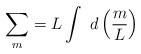
LaTeX: \begin{align*}\sum_{m} = L\int~d\left(\frac{m}{L}\right)\end{align*}